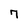
Character: 7